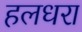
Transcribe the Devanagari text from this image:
हलधरा